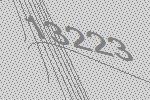
13223